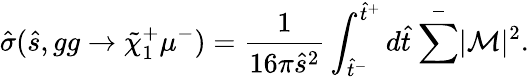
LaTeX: \hat{\sigma}(\hat{s},gg\rightarrow\tilde{\chi}_{1}^{+}\mu^{-})=\frac{1}{16\pi\hat{s}^{2}}\int_{\hat{t}^{-}}^{\hat{t}^{+}}d\hat{t}~\bar{\sum_{}^{}}|{\cal M}|^{2}.